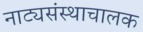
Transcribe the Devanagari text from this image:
नाट्यसंस्थाचालक